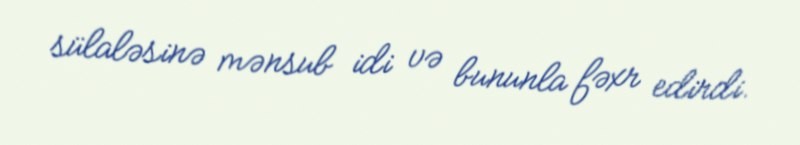
sülaləsinə mənsub idi və bununla fəxr edirdi.